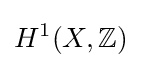
H^{1}(X,\mathbb {Z} )